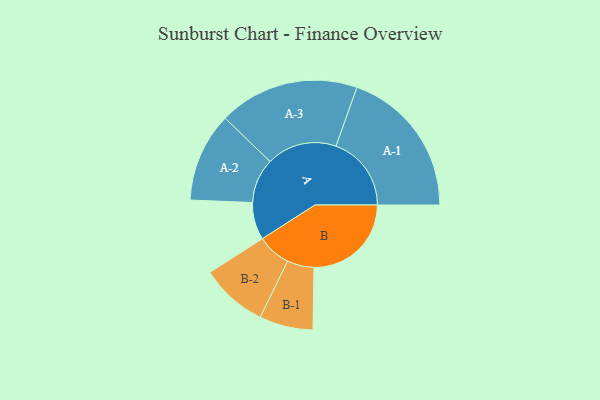
{"axis": {"x": "Segment", "y": "Value"}, "legend": ["", "A", "B"], "data": [{"x": "A", "y": 145, "type": ""}, {"x": "B", "y": 377, "type": ""}, {"x": "A-1", "y": 292, "type": "A"}, {"x": "A-2", "y": 173, "type": "A"}, {"x": "A-3", "y": 272, "type": "A"}, {"x": "B-1", "y": 104, "type": "B"}, {"x": "B-2", "y": 130, "type": "B"}]}